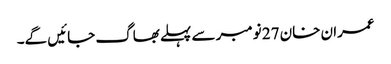
عمران خان 27 نومبر سے پہلے بھاگ جائیں گے۔